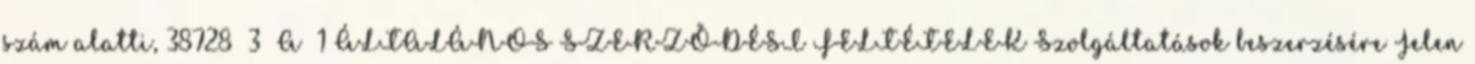
szám alatti, 38728 3 A 1 ÁLTALÁNOS SZERZŐDÉSI FELTÉTELEK Szolgáltatások beszerzésére Jelen